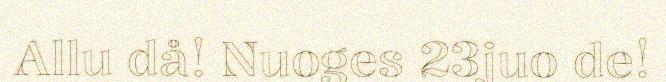
Allu då! Nuoges 23juo de!